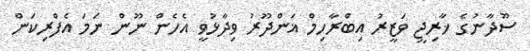
ސޫދާނުގެ ޚާރިޖީ ވަޒީރު އިބްރާހިމް ޣަންދޫރު ވިދާޅުވީ އެހެން ނޫން ނަމަ އެފްރިކަން